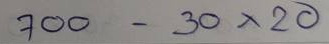
700 - 30 x 20